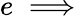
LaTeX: e\implies